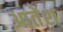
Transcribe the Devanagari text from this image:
आतेश